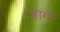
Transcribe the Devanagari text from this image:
जागें